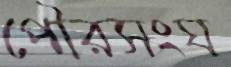
পৌরসংঘ